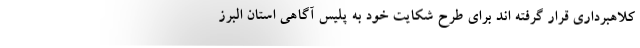
کلاهبرداری قرار گرفته اند برای طرح شکایت خود به پلیس آگاهی استان البرز